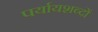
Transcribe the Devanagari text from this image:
पर्यायशब्दों